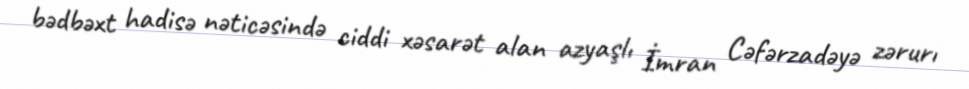
bədbəxt hadisə nəticəsində ciddi xəsarət alan azyaşlı İmran Cəfərzadəyə zərurı